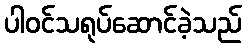
ပါဝင်သရုပ်ဆောင်ခဲ့သည်